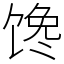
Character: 馋